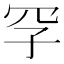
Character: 𪞐